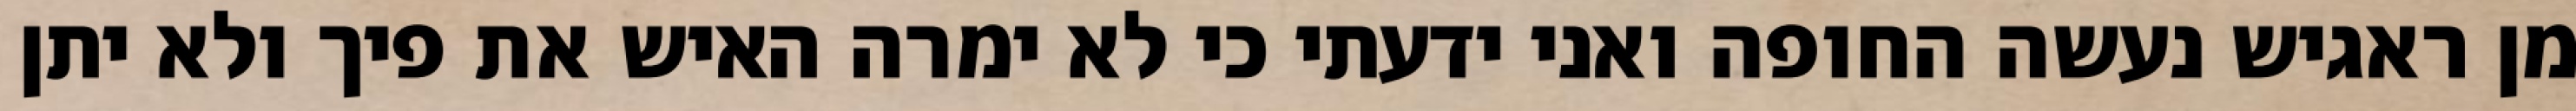
מן ראגיש נעשה החופה ואני ידעתי כי לא ימרה האיש את פיך ולא יתן